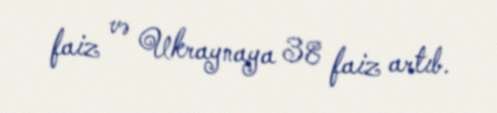
faiz və Ukraynaya 38 faiz artıb.